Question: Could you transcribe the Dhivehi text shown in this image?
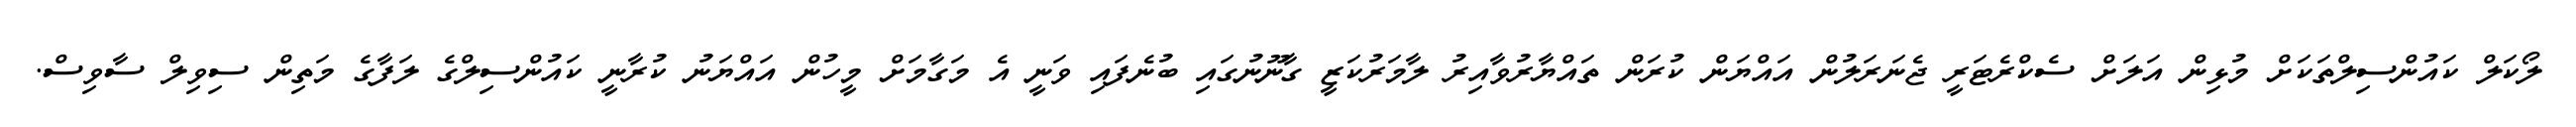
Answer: ލޯކަލް ކައުންސިލްތަކަށް މުޅިން އަލަށް ސެކްރެޓަރީ ޖެނަރަލުން އައްޔަން ކުރަން ތައްޔާރުވާއިރު ލާމަރުކަޒީ ގާނޫނުގައި ބުނެފައި ވަނީ އެ މަގާމަށް މީހުން އައްޔަނު ކުރާނީ ކައުންސިލްގެ ލަފާގެ މަތިން ސިވިލް ސާވިސް.